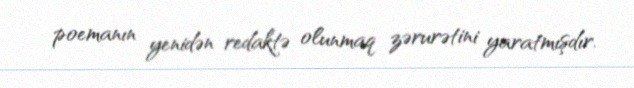
poemanın yenidən redaktə olunmaq zərurətini yaratmışdır.